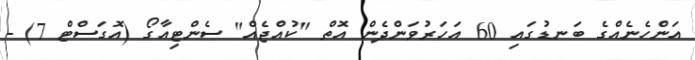
އަންހެނެއްގެ ބަނޑުގައި 60 އަހަރުވަންދެން އޮތް "ކުއްޖެއް" ސެންޓިއާގޯ (އޮގަސްޓް 7) -